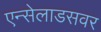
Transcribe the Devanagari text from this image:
एन्सेलाडसवर